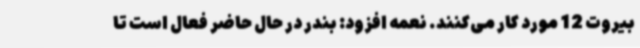
بیروت 12 مورد کار می‌کنند. نعمه افزود: بندر در حال حاضر فعال است تا